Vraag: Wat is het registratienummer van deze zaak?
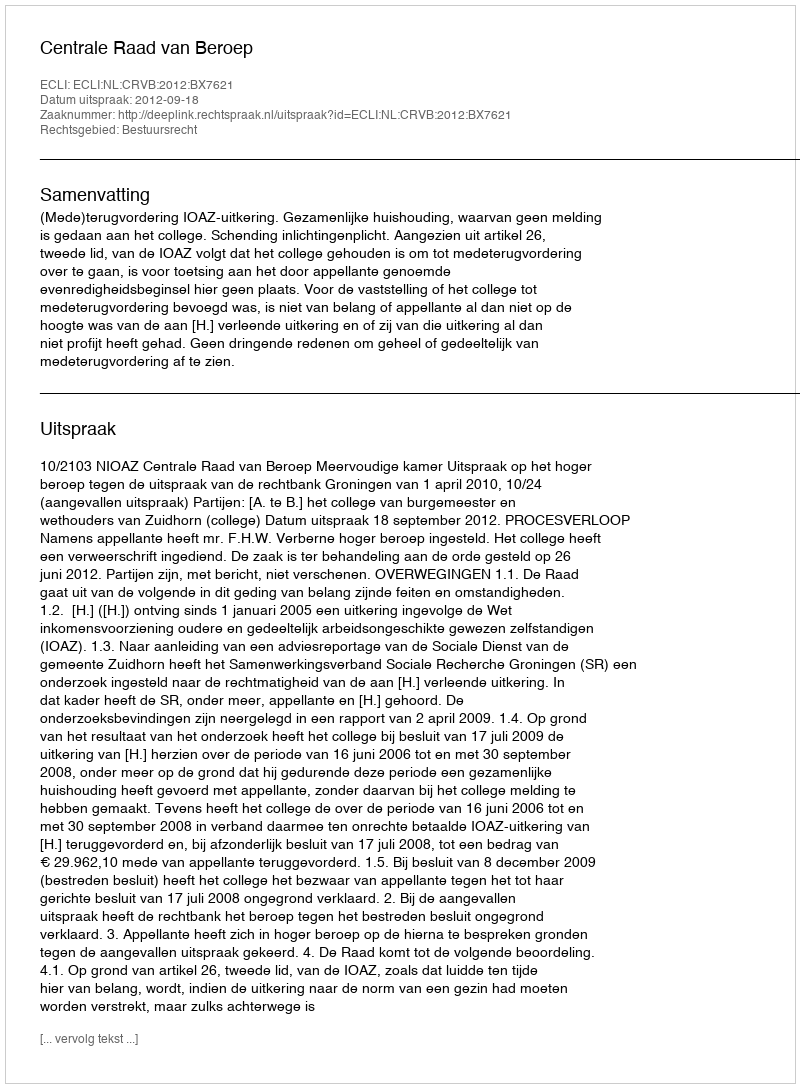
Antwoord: http://deeplink.rechtspraak.nl/uitspraak?id=ECLI:NL:CRVB:2012:BX7621